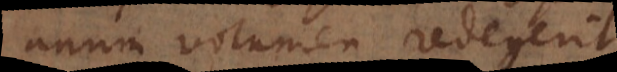
unum volumen redegerit.